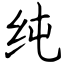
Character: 纯